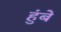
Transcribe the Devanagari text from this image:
हुंबे